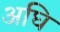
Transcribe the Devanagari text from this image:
अघि